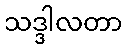
သဒ္ဒါလတာ